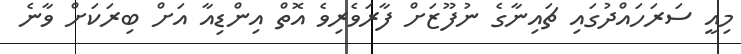
މިއީ ސަރަހައްދުގައި ޗައިނާގެ ނުފޫޒަށް ފާރަވެރިވެ އޮތް އިންޑިއާ އަށް ބިރަކަށް ވާނެ